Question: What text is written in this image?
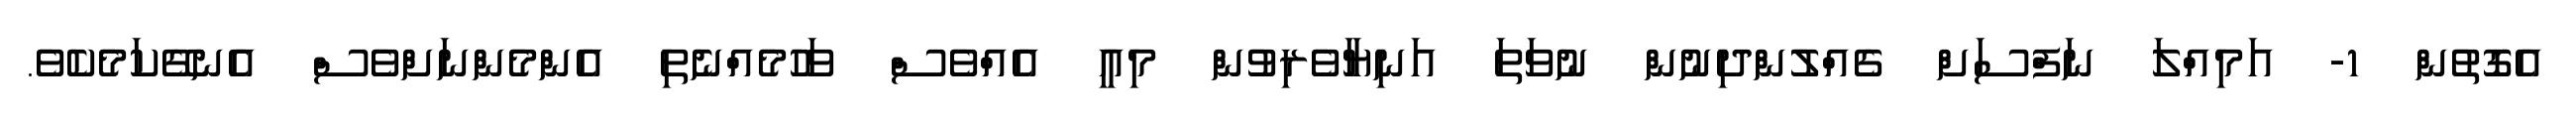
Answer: އެގޮތުން 1- އަމިއްލަ ނަފްސަށް ގެއްލުންދިނުން ނުވަތަ އަނިޔާވެރިވުން މިއީ އެއްވެސް ވަހުމެއްނެތި އެންމެންނަށްވެސް އެނގޭކަމެކެވެ.